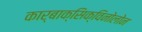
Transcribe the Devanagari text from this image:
कार्बाक्सिक्विनोलोन